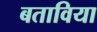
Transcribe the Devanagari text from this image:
बताविया